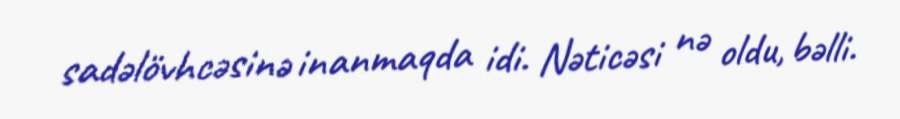
sadəlövhcəsinə inanmaqda idi. Nəticəsi nə oldu, bəlli.